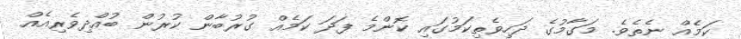
ކަމެއް ނެތެވެ. މަގާމުގެ ދަހިވެތިކަމުގައި ކޮންމެ ފަދަ ކަމެއް ގުރުބާން ކުރުން ބުއްދިވެރިއެއް